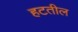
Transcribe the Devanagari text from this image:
हटतील